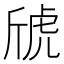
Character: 䖐